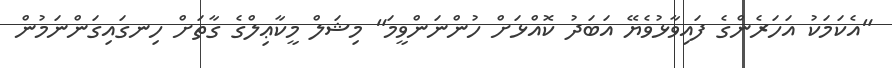
"އެކަމަކު އަހަރެންގެ ފައިވާޅުވެޔޭ އަބަދު ކޮއްޅަށް ހުންނަންވީމަ" މިޝަލް މީކާޢިލްގެ ގާތަށް ހިނގައިގަންނަމުން